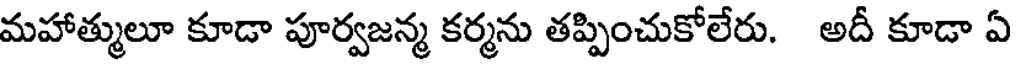
మహాత్ములూ కూడా పూర్వజన్మ కర్మను తప్పించుకోలేరు. అదీ కూడా ఏ